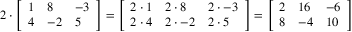
2 \cdot { \left[ \begin{array} { l l l } { 1 } & { 8 } & { - 3 } \\ { 4 } & { - 2 } & { 5 } \end{array} \right] } = { \left[ \begin{array} { l l l } { 2 \cdot 1 } & { 2 \cdot 8 } & { 2 \cdot - 3 } \\ { 2 \cdot 4 } & { 2 \cdot - 2 } & { 2 \cdot 5 } \end{array} \right] } = { \left[ \begin{array} { l l l } { 2 } & { 1 6 } & { - 6 } \\ { 8 } & { - 4 } & { 1 0 } \end{array} \right] }